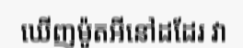
ឃើញម៉ូតអីនៅដដែរ វា